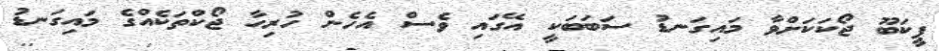
ޕީކަބޫ ޖޯކަކަށްވާ މައިގަނޑު ސަބަބަކީ އޭގައި ވެސް އެހެން ހުރިހާ ޖޯކްތަކެއްގެ މައިގަނޑު